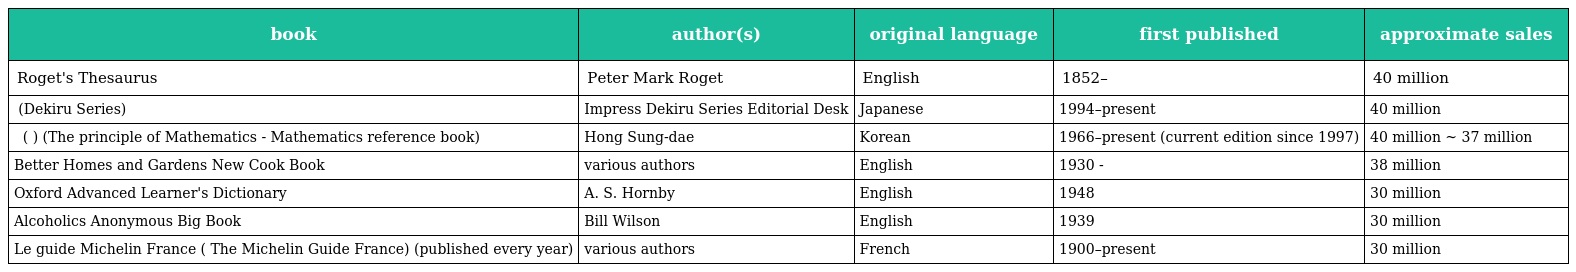
| book | author(s) | original language | first published | approximate sales |
 | --- | --- | --- | --- | --- |
 | Roget's Thesaurus | Peter Mark Roget | English | 1852– | 40 million |
 | できるシリーズ (Dekiru Series) | Impress Dekiru Series Editorial Desk | Japanese | 1994–present | 40 million |
 | 수학의 정석 (數學의 定石) (The principle of Mathematics - Mathematics reference book) | Hong Sung-dae | Korean | 1966–present (current edition since 1997) | 40 million ~ 37 million |
 | Better Homes and Gardens New Cook Book | various authors | English | 1930 - | 38 million |
 | Oxford Advanced Learner's Dictionary | A. S. Hornby | English | 1948 | 30 million |
 | Alcoholics Anonymous Big Book | Bill Wilson | English | 1939 | 30 million |
 | Le guide Michelin France ( The Michelin Guide France) (published every year) | various authors | French | 1900–present | 30 million |